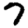
Digit: 7